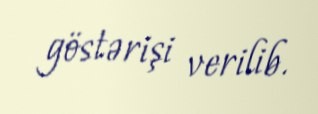
göstərişi verilib.